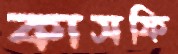
কাসফি